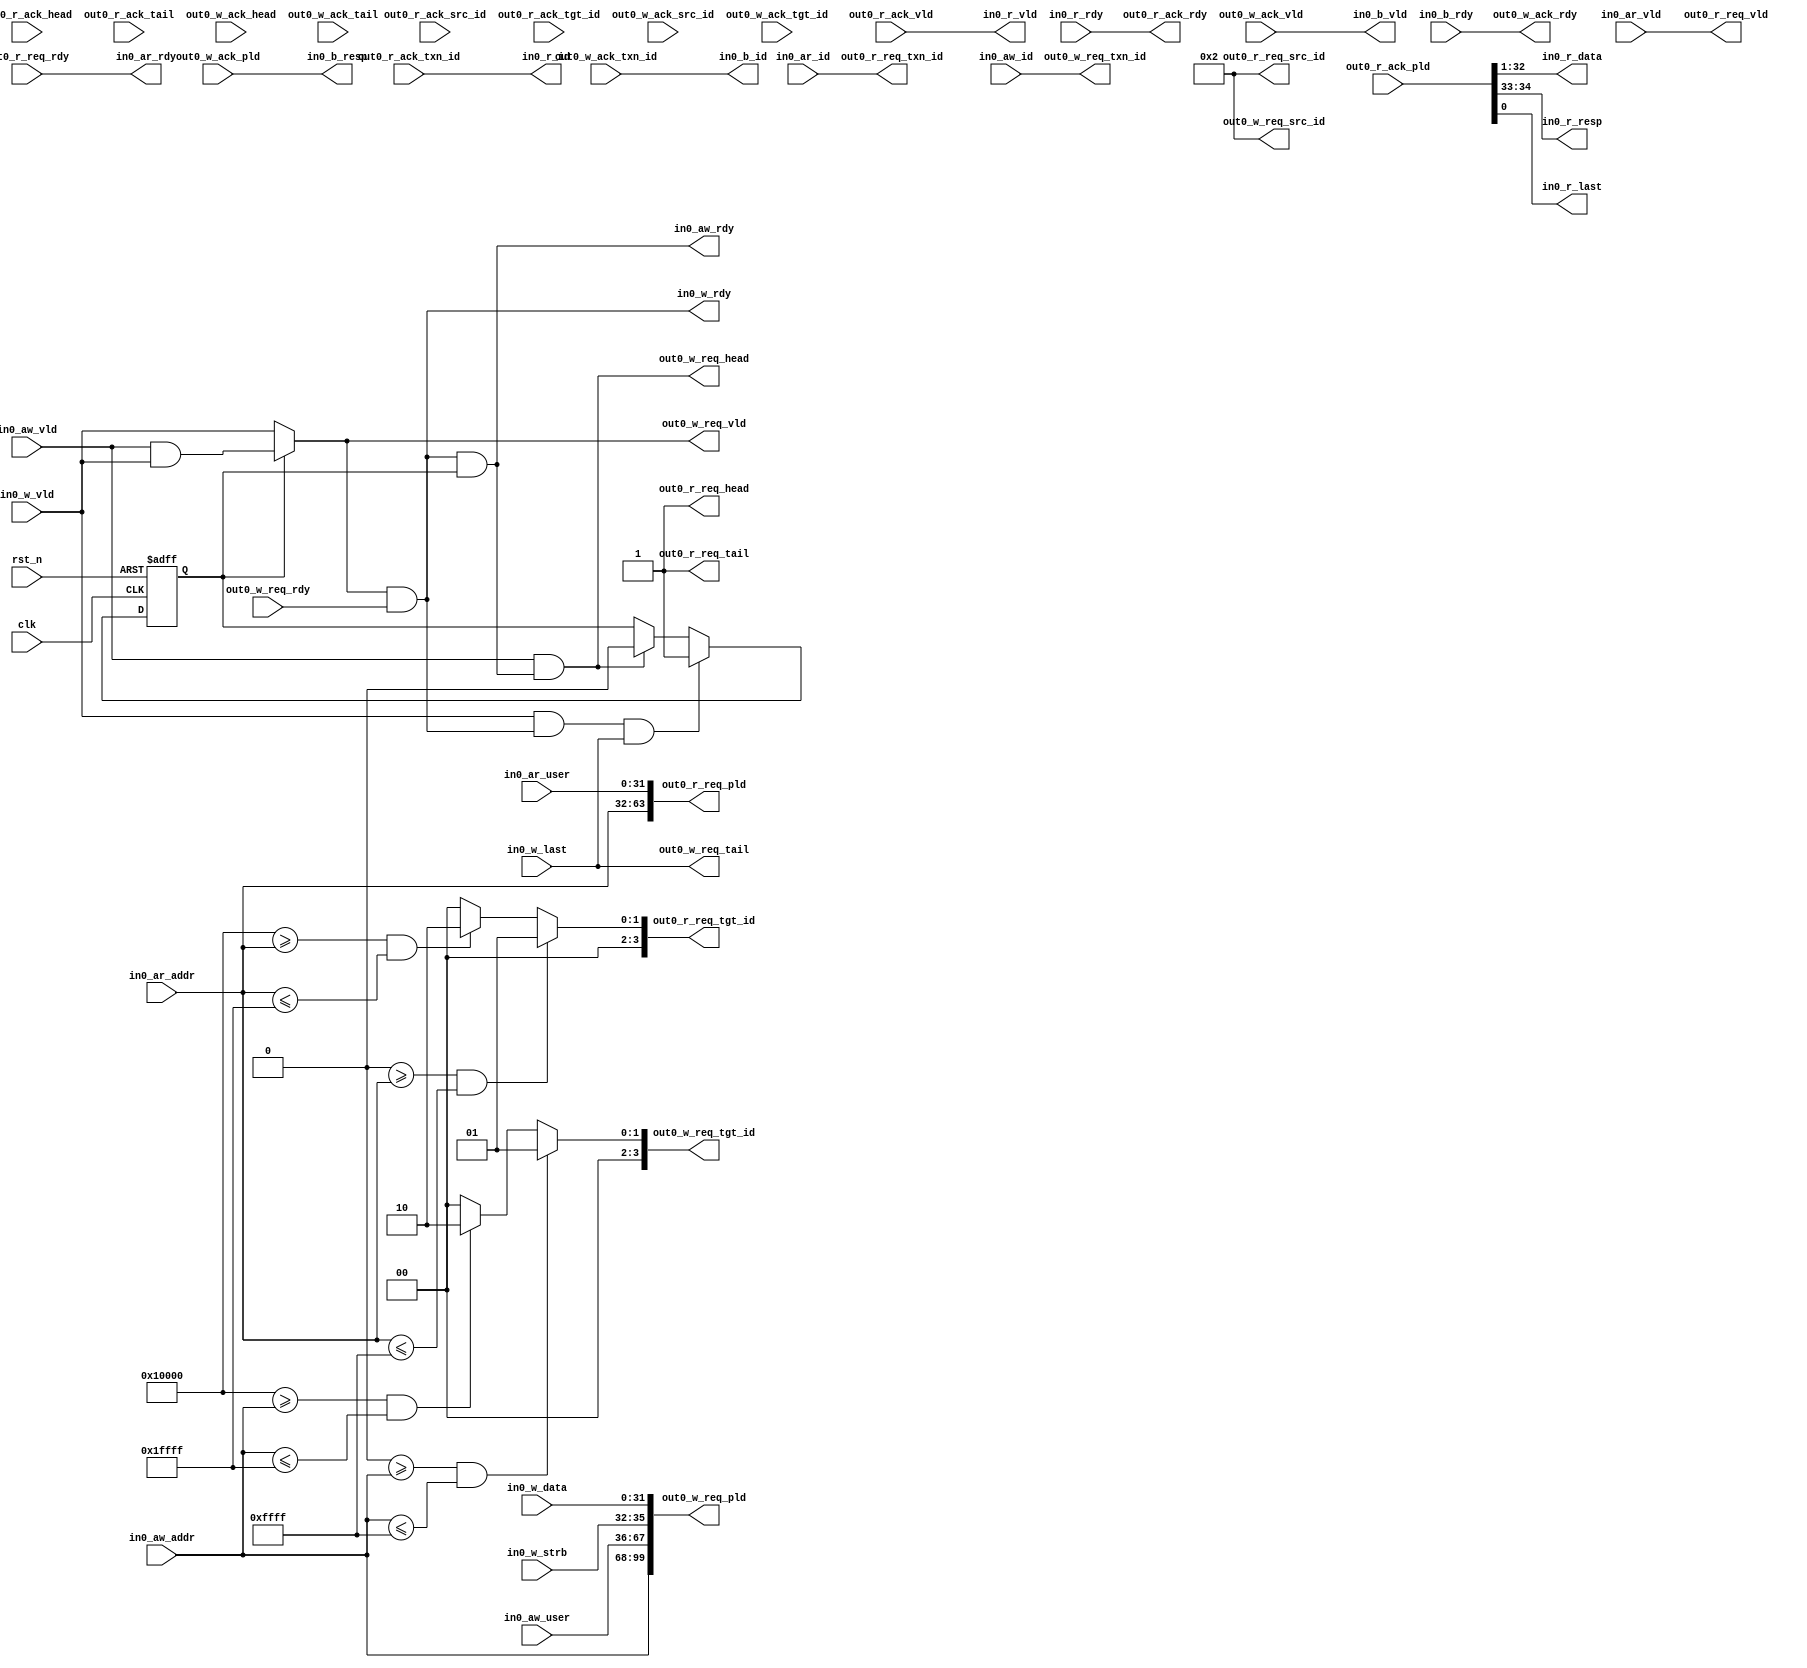
//==========================================================================================================================
//Key is used to ensure the consistency of file version and content, and cannot be modified.
//Version Control is the version number written when the file is generated and cannot be modified.
//ToolMessage is used to record related information of any tool that has processed the file and cannot be manually modified.
//UserMessage is used by the user to write any information, which can be modified in any way.
//Content is the actual payload of the file.
//Parameter is the additional parameter information carried by the file and cannot be modified in any way.

//Key is generated by the hash of Version Control, Content and Parameter to ensure the consistency of the file.
//These three parts do not allow any individual modification
//==========================================================================================================================


//[UHDL]Key Start [md5:45be0fbfca2cba9bb69f4f644d8c330d]
//Version Control Hash: 3accddf64b1dd03abeb9b0b3e5a7ba44
//Content Hash: a9a3389377163aa021518b45318db67b
//Parameter Hash: d41d8cd98f00b204e9800998ecf8427e
//[UHDL]Key End [md5:45be0fbfca2cba9bb69f4f644d8c330d]

//[UHDL]Version Control Start [md5:3accddf64b1dd03abeb9b0b3e5a7ba44]
//[UHDL]Version Control Version:1.0.1
//[UHDL]Version Control End [md5:3accddf64b1dd03abeb9b0b3e5a7ba44]

//[UHDL]Tool Message Start [md5:d73a53d24da237f44d6220c7f3b2dbbf]
//Written by UHDL in 2022-09-24 02:35:50
//[UHDL]Tool Message End [md5:d73a53d24da237f44d6220c7f3b2dbbf]

//[UHDL]User Message Start [md5:d41d8cd98f00b204e9800998ecf8427e]

//[UHDL]User Message End [md5:d41d8cd98f00b204e9800998ecf8427e]

//[UHDL]Content Start [md5:a9a3389377163aa021518b45318db67b]
module DSlvAxi_node_S2 (
	input             clk              ,
	input             rst_n            ,
	output            out0_r_req_vld   ,
	input             out0_r_req_rdy   ,
	output            out0_r_req_head  ,
	output            out0_r_req_tail  ,
	output     [63:0] out0_r_req_pld   ,
	output     [3:0]  out0_r_req_src_id,
	output reg [3:0]  out0_r_req_tgt_id,
	output     [7:0]  out0_r_req_txn_id,
	output reg        out0_w_req_vld   ,
	input             out0_w_req_rdy   ,
	output            out0_w_req_head  ,
	output            out0_w_req_tail  ,
	output     [99:0] out0_w_req_pld   ,
	output     [3:0]  out0_w_req_src_id,
	output reg [3:0]  out0_w_req_tgt_id,
	output     [7:0]  out0_w_req_txn_id,
	input             out0_r_ack_vld   ,
	output            out0_r_ack_rdy   ,
	input             out0_r_ack_head  ,
	input             out0_r_ack_tail  ,
	input      [34:0] out0_r_ack_pld   ,
	input      [3:0]  out0_r_ack_src_id,
	input      [3:0]  out0_r_ack_tgt_id,
	input      [7:0]  out0_r_ack_txn_id,
	input             out0_w_ack_vld   ,
	output            out0_w_ack_rdy   ,
	input             out0_w_ack_head  ,
	input             out0_w_ack_tail  ,
	input      [1:0]  out0_w_ack_pld   ,
	input      [3:0]  out0_w_ack_src_id,
	input      [3:0]  out0_w_ack_tgt_id,
	input      [7:0]  out0_w_ack_txn_id,
	input             in0_aw_vld       ,
	output            in0_aw_rdy       ,
	input      [31:0] in0_aw_addr      ,
	input      [7:0]  in0_aw_id        ,
	input      [31:0] in0_aw_user      ,
	input             in0_w_vld        ,
	output            in0_w_rdy        ,
	input             in0_w_last       ,
	input      [31:0] in0_w_data       ,
	input      [3:0]  in0_w_strb       ,
	output            in0_b_vld        ,
	input             in0_b_rdy        ,
	output     [7:0]  in0_b_id         ,
	output     [1:0]  in0_b_resp       ,
	input             in0_ar_vld       ,
	output            in0_ar_rdy       ,
	input      [31:0] in0_ar_addr      ,
	input      [7:0]  in0_ar_id        ,
	input      [31:0] in0_ar_user      ,
	output            in0_r_vld        ,
	input             in0_r_rdy        ,
	output     [7:0]  in0_r_id         ,
	output     [31:0] in0_r_data       ,
	output     [1:0]  in0_r_resp       ,
	output            in0_r_last       );
	reg [0:0] wait_aw_reg;
	assign out0_r_req_vld = in0_ar_vld;
	
	assign out0_r_req_head = 1'b1;
	
	assign out0_r_req_tail = 1'b1;
	
	assign out0_r_req_pld = {in0_ar_addr, in0_ar_user};
	
	assign out0_r_req_src_id = 4'b10;
	
	always @(*) begin
	    if(((32'b0 >= in0_ar_addr) && (in0_ar_addr <= 32'b1111111111111111))) out0_r_req_tgt_id = 4'b1;
	    else if(((32'b10000000000000000 >= in0_ar_addr) && (in0_ar_addr <= 32'b11111111111111111))) out0_r_req_tgt_id = 4'b10;
	    else out0_r_req_tgt_id = 4'b0;
	end
	
	assign out0_r_req_txn_id = in0_ar_id;
	
	always @(*) begin
	    if(wait_aw_reg) out0_w_req_vld = (in0_aw_vld && in0_w_vld);
	    else out0_w_req_vld = in0_w_vld;
	end
	
	assign out0_w_req_head = (in0_aw_vld && in0_aw_rdy);
	
	assign out0_w_req_tail = in0_w_last;
	
	assign out0_w_req_pld = {in0_aw_addr, in0_aw_user, in0_w_strb, in0_w_data};
	
	assign out0_w_req_src_id = 4'b10;
	
	always @(*) begin
	    if(((32'b0 >= in0_aw_addr) && (in0_aw_addr <= 32'b1111111111111111))) out0_w_req_tgt_id = 4'b1;
	    else if(((32'b10000000000000000 >= in0_aw_addr) && (in0_aw_addr <= 32'b11111111111111111))) out0_w_req_tgt_id = 4'b10;
	    else out0_w_req_tgt_id = 4'b0;
	end
	
	assign out0_w_req_txn_id = in0_aw_id;
	
	assign out0_r_ack_rdy = in0_r_rdy;
	
	assign out0_w_ack_rdy = in0_b_rdy;
	
	assign in0_aw_rdy = (out0_w_req_vld && out0_w_req_rdy && wait_aw_reg);
	
	assign in0_w_rdy = (out0_w_req_vld && out0_w_req_rdy);
	
	assign in0_b_vld = out0_w_ack_vld;
	
	assign in0_b_id = out0_w_ack_txn_id;
	
	assign in0_b_resp = out0_w_ack_pld[1:0];
	
	assign in0_ar_rdy = out0_r_req_rdy;
	
	assign in0_r_vld = out0_r_ack_vld;
	
	assign in0_r_id = out0_r_ack_txn_id;
	
	assign in0_r_data = out0_r_ack_pld[32:1];
	
	assign in0_r_resp = out0_r_ack_pld[34:33];
	
	assign in0_r_last = out0_r_ack_pld[0:0];
	
	always @(posedge clk or negedge rst_n) begin
	    if(~rst_n) wait_aw_reg <= 1'b0;
	    else begin
	        if((in0_w_vld && in0_w_rdy && in0_w_last)) wait_aw_reg <= 1'b1;
	        else if((in0_aw_vld && in0_aw_rdy)) wait_aw_reg <= 1'b0;
	    end
	end
	

endmodule
//[UHDL]Content End [md5:a9a3389377163aa021518b45318db67b]

//[UHDL]Parameter Start [md5:d41d8cd98f00b204e9800998ecf8427e]

//[UHDL]Parameter End [md5:d41d8cd98f00b204e9800998ecf8427e]